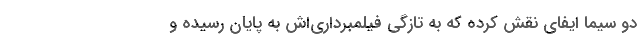
دو سیما ایفای نقش کرده که به تازگی فیلمبرداری‌اش به پایان رسیده و